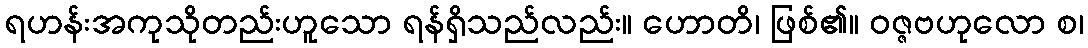
ရဟန်းအကုသိုတည်းဟူသော ရန်ရှိသည်လည်း။ ဟောတိ၊ ဖြစ်၏။ ဝဇ္ဇဗဟုလော စ၊